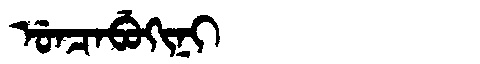
Manchu: ᡠᠨᠴᠠᠪᡠᡴᡳᠨᡳ
Romanization: UNCABUKINI